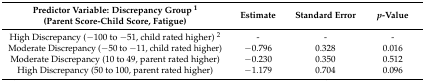
| Predictor Variable: Discrepancy Group 1(Parent Score-Child Score, Fatigue) | Estimate | Standard Error | p-Value |
 | --- | --- | --- | --- |
 | High Discrepancy (−100 to −51, child rated higher) 2 | - | - | - |
 | Moderate Discrepancy (−50 to −11, child rated higher) | −0.796 | 0.328 | 0.016 |
 | Moderate Discrepancy (10 to 49, parent rated higher) | −0.230 | 0.350 | 0.512 |
 | High Discrepancy (50 to 100, parent rated higher) | −1.179 | 0.704 | 0.096 |